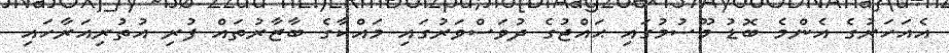
އެއަހަރުގެ އެންމެ ބޮޑު މޫސުމުގައި ޙައްޖުގެ ދުވަސްވަރުގައި މައްކާގެ ބާޒާރުތައް ފުރި އުތުރިއަރާހައި